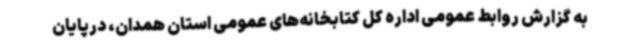
به گزارش روابط عمومی اداره کل کتابخانه‌های عمومی استان همدان، درپایان